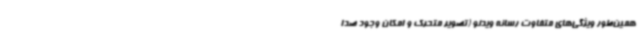
همین‌طور ویژگی‌های متفاوت رسانه ویدئو (تصویر متحرک و امکان وجود صدا